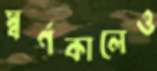
স্বর্ণকালেও